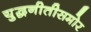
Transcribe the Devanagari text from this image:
युद्धनीतीसमोर